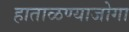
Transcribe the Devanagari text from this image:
हाताळण्याजोगा